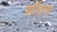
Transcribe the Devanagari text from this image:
साँतवा